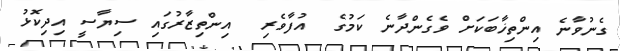
ގެނުވާނެ އިންތިޚާބަކަށް ވެގެންދާނެ ކަމުގެ  އުފާވެރި  އިންތިޒާރުގައި ސިޔާސީ އިދިކޮޅު